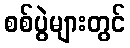
စစ်ပွဲများတွင်